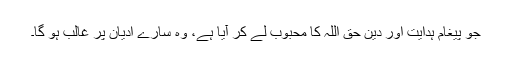
جو پیغام ہدایت اور دین حق اللہ کا محبوب لے کر آیا ہے، وہ سارے ادیان پر غالب ہو گا۔